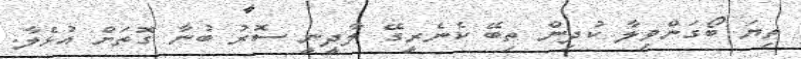
ތިޔަ ބޯގަންވިލާ ކުދިން ތިބޭ ކެނެރީގޭ ލާދީނީ ސޮރު ބުނާ ގޮތަށް އުޅެލާ.